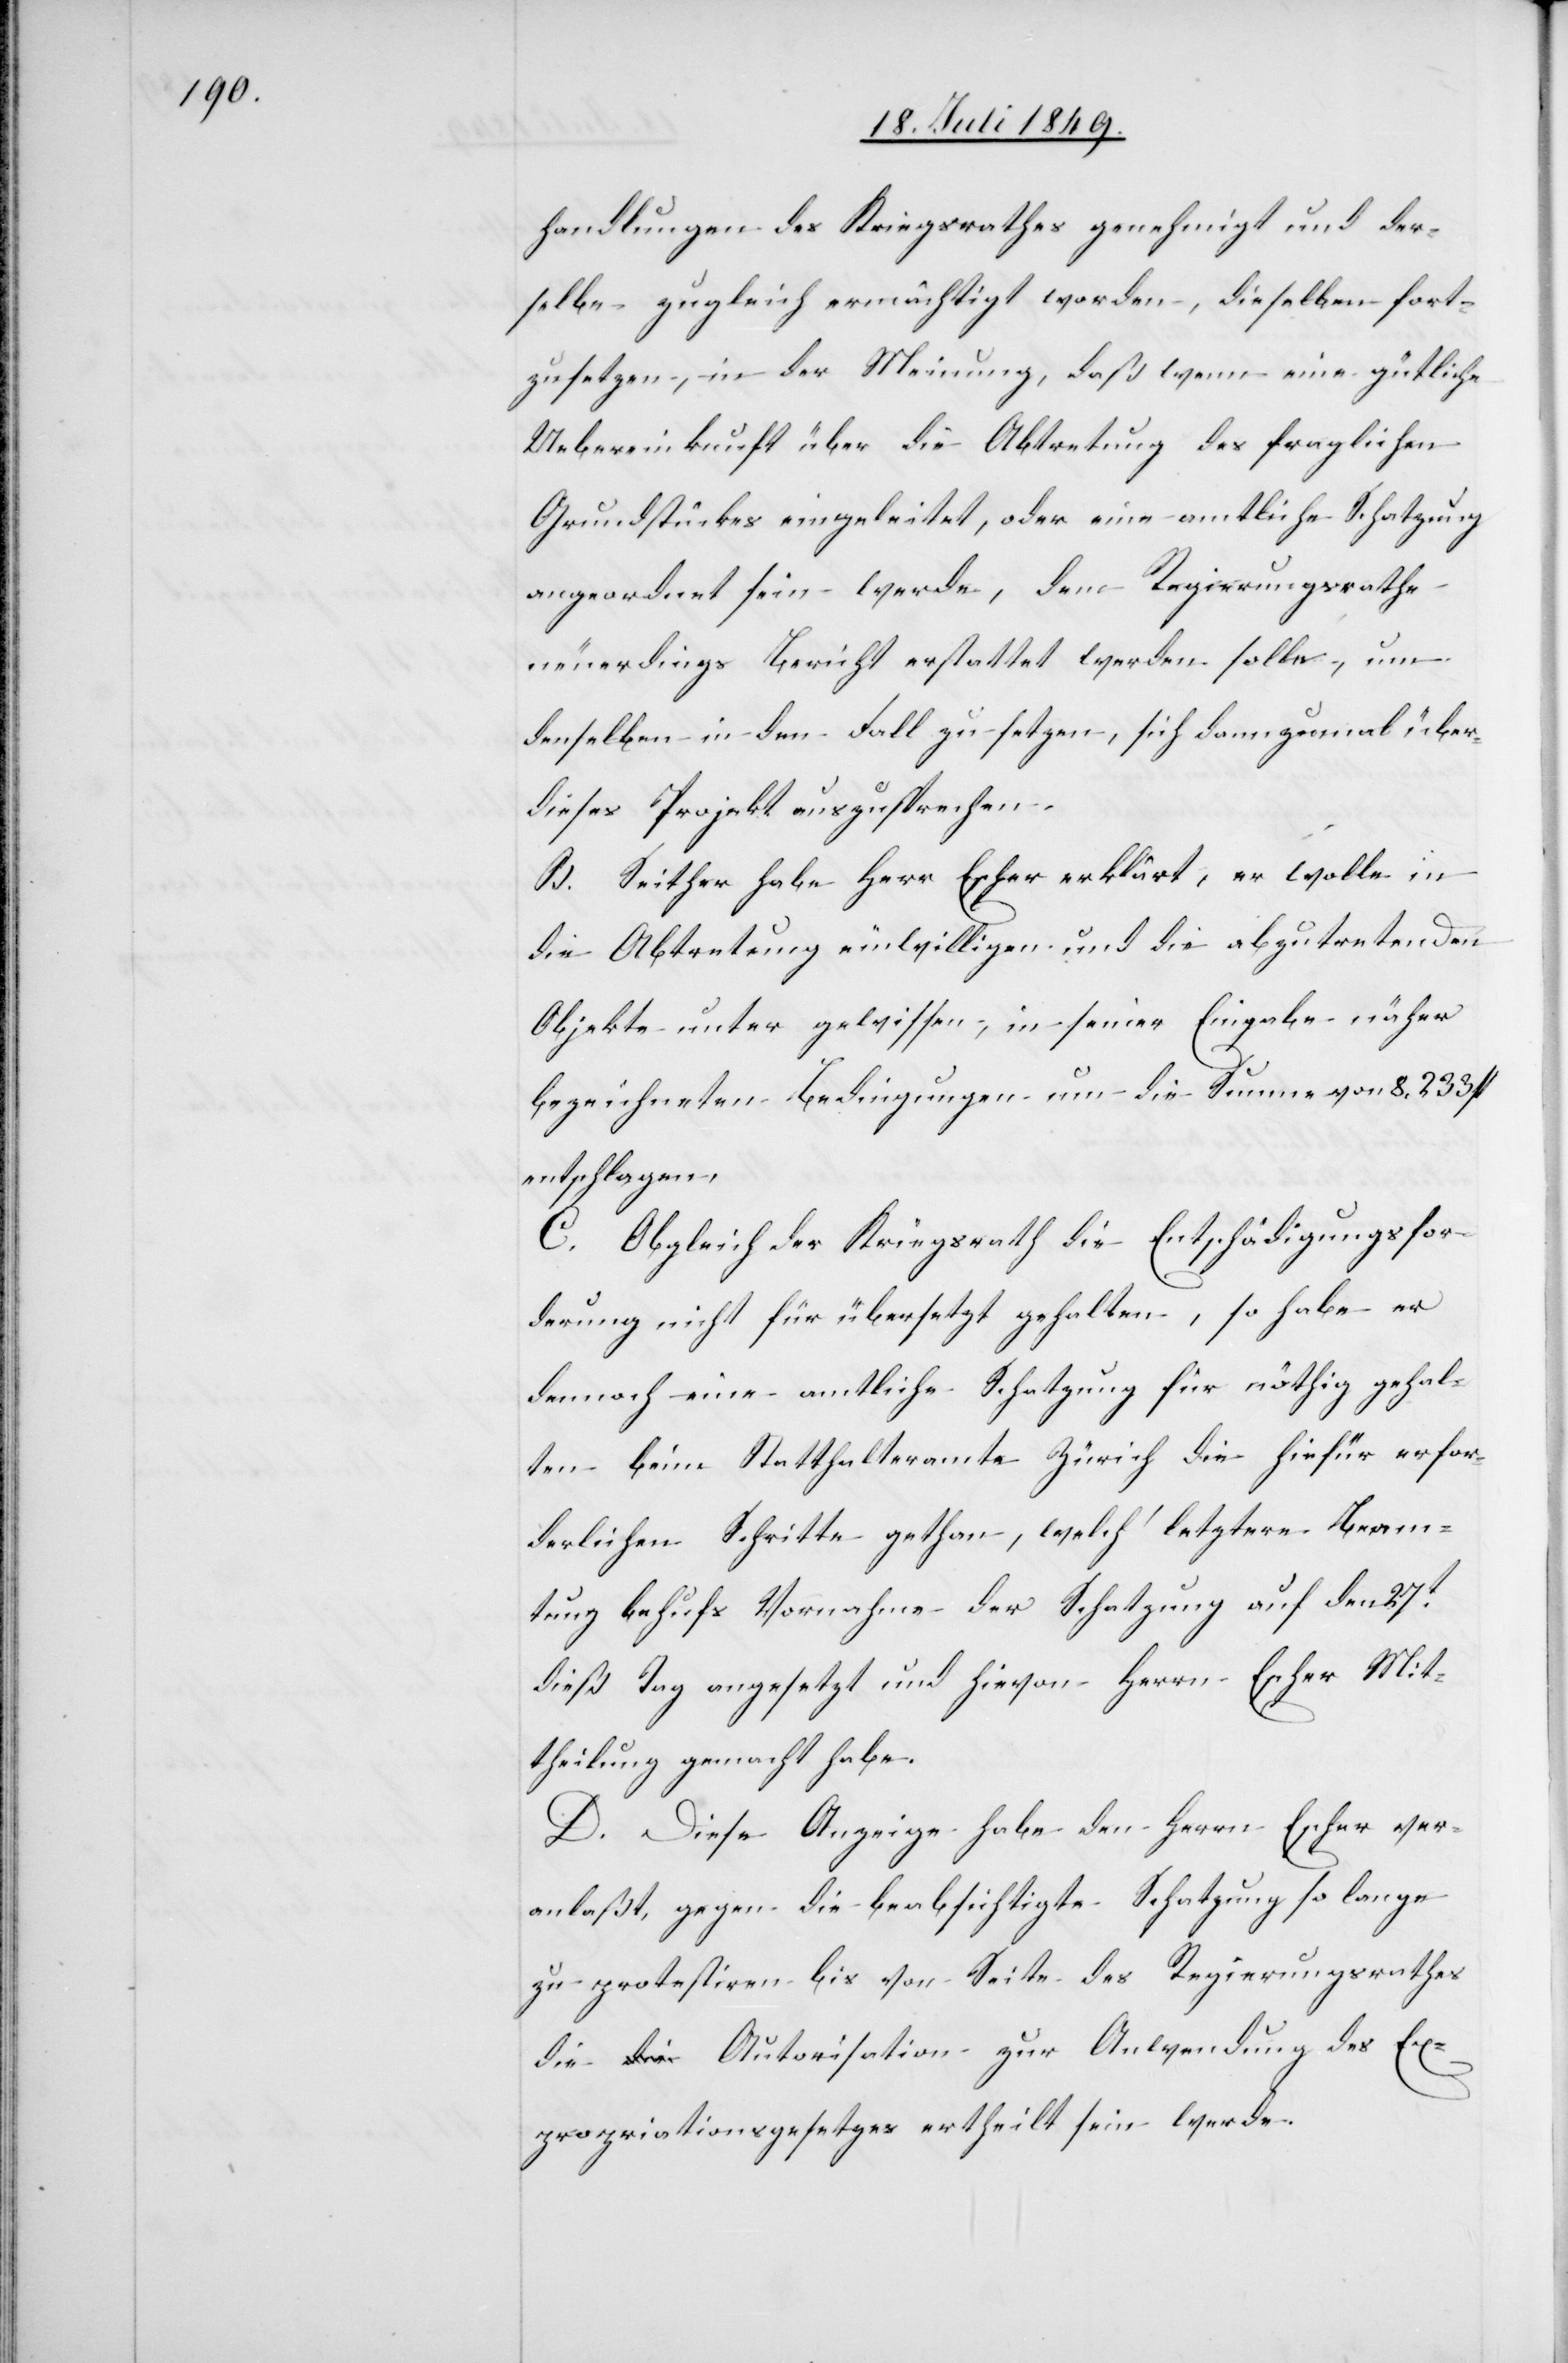
handlungen des Kriegsrathes genehmigt und der¬
selbe zugleich ermächtigt worden, dieselben fort¬
zusetzen, in der Meinung, daß wenn eine gütliche
Uebereinkunft über die Abtretung des fraglichen
Grundstückes eingeleitet, oder eine amtliche Schatzung
angeordnet sein werde, dem Regierungsrathe
neuerdings Bericht erstattet werden solle, um
denselben in dem Fall zu setzen, sich dann zumal über
dieses Projekt auszusprechen.
B. Seither habe Herr Escher erklärt, er wolle in
die Abtretung einwilligen und die abzutretenden
Objekte unter gewissen, in seiner Eingabe näher
bezeichneten Bedingungen um die Summe von 8,233 fl.
entschlagen.
C. Obgleich der Kriegsrath die Entschädigungsfor¬
derung nicht für übersetzt gehalten, so habe er
dennoch eine amtliche Schatzung für nöthig gehal¬
ten beim Statthalteramt Zürich die hiefür erfor¬
derlichen Schritte gethan, welch‘ letztere Beam¬
tung behufs Vornahme der Schatzung auf den 27t
dieß Tag angesetzt und hievon Herrn Escher Mit¬
theilung gemacht habe.
D. Diese Anzeige habe den Herrn Escher ver¬
anlaßt, gegen die beabsichtigte Schatzung so lange
zu protestiren bis von Seite des Regierungsrathes
die Autorisation zur Anwendung des Ex¬
propriationsgesetzes ertheilt sein werde.